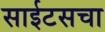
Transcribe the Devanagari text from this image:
साईटसचा